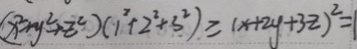
( x ^ { 2 } + y ^ { 2 } + z ^ { 2 } ) ( 1 ^ { 2 } + 2 ^ { 2 } + 3 ^ { 2 } ) \geq ( x + 2 y + 3 z ) ^ { 2 } = 1